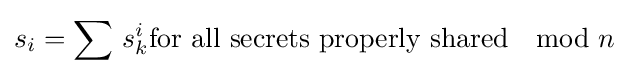
s_{i}=\sum \,{s_{k}^{i}}{\text{for all secrets properly shared}}\mod n